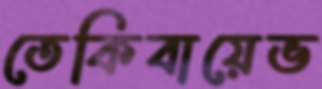
তেকিবায়েভ